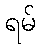
ရမ်